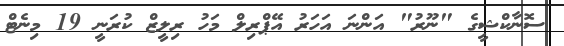
ސޮނާކްޝީގެ "ނޫރު" އަންނަ އަހަރު އޭޕްރިލް މަހު ރިލީޒް ކުރަނީ 19 މިނެޓް